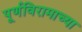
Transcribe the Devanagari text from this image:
पूर्णविरामाच्या